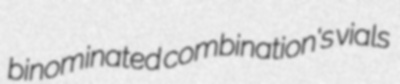
binominated combination's vials